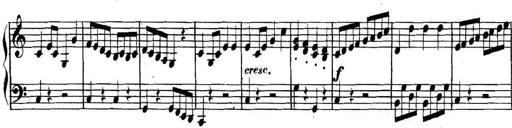
Title: Collected Piano Sonatas
Composer: Muzio Clementi